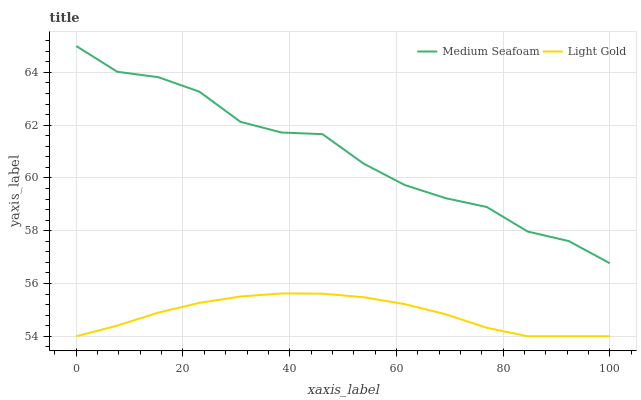
| xaxis_label | Medium Seafoam | Light Gold |
 | --- | --- | --- |
 | 0 | 65 | 54 |
 | 7.69 | 64 | 54.4 |
 | 15.4 | 63.8 | 54.9 |
 | 23.1 | 63.3 | 55.3 |
 | 30.8 | 62.1 | 55.5 |
 | 38.5 | 61.7 | 55.6 |
 | 46.2 | 61.7 | 55.6 |
 | 53.8 | 60.5 | 55.5 |
 | 61.5 | 59.7 | 55.2 |
 | 69.2 | 59.2 | 54.8 |
 | 76.9 | 58.9 | 54.3 |
 | 84.6 | 58 | 54 |
 | 92.3 | 57.6 | 54 |
 | 100 | 56.8 | 54 |